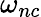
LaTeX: \omega_{nc}